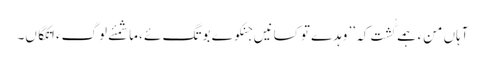
آہاں منءَ ہمے گُشت کہ ’’ وہدے تو کسانیں جنکوے بوتگ ئے ،ما شمئے لوگءَ اتکگاں۔